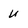
Character: U